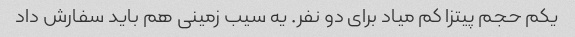
یکم حجم پیتزا کم میاد برای دو نفر. یه سیب زمینی هم باید سفارش داد